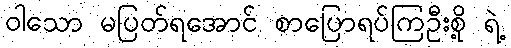
ဝါသော မပြတ်ရအောင် စာပြောရပ်ကြဦးစို့ ရဲ့